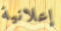
إعلانية